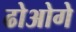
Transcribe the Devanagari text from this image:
ढोओगे